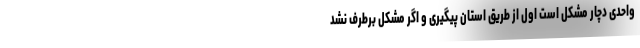
واحدی دچار مشکل است اول از طریق استان پیگیری و اگر مشکل برطرف نشد